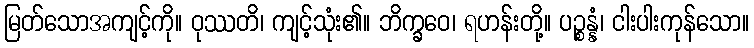
မြတ်သောအကျင့်ကို။ ဝုဿတိ၊ ကျင့်သုံး၏။ ဘိက္ခဝေ၊ ရဟန်းတို့။ ပဉ္စန္နံ၊ ငါးပါးကုန်သော။